Medical and sanitary report of the native army of Bengal for the year
Year: 1878
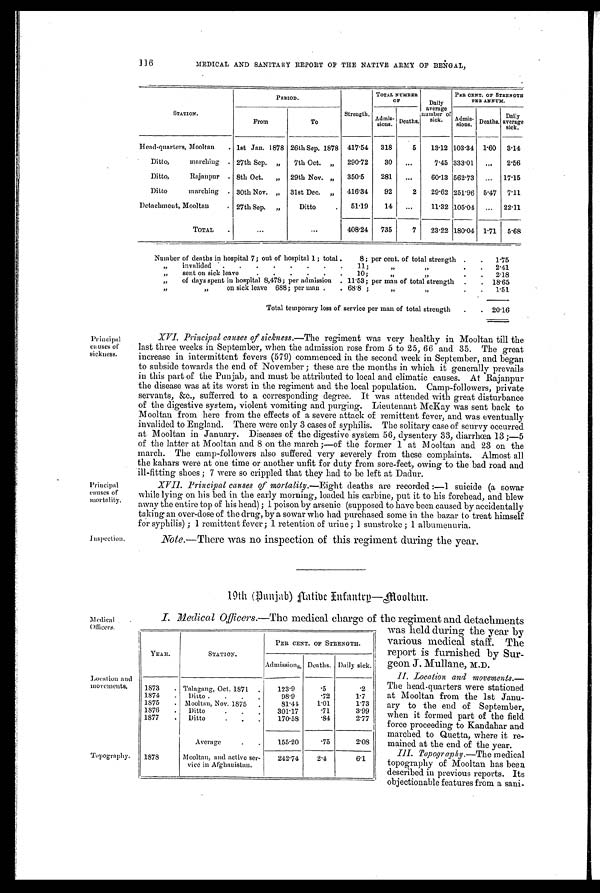
Principal
causes of
sickness.
Principal
causes of
mortality.
Inspection.
116 MEDICAL AND SANITARY REPORT OF THE NATIVE ARMY OF BENGAL,
STATION.
PERIOD.
Strength
TOTAL NUMBER
OF
Daily
average
number of
sick.
PER CENT. OF STRENGTH
PER ANNUM.
From
To
Admis- s i o n s . Deaths.
Admis- sions Deaths.
Daily
average sick.
Head-quarters, Mooltan . 1st Jan. 1878 26th Sep. 1878 417.54 318
5 13.12 103.34 1.60 3.14
Ditto,
marching . 27th Sep. „ 7th Oct. „ 290.72 30 ...
7.45 333.01
. . . 2.56
Ditto,
Rajanpur . 8th Oct. „ 29th Nov. „ 350.5
281 ...
60.13 562.73 ... 17.15
Ditto
marching . 30th Nov. „ 31st Dec. „ 416.34 92
2 29.62 251.96 5.47 7.11
Detachment, Mooltan
. 27th Sep.
„
Ditto
. 51.19
14 ...
11.32 105.04 ... 22.11
TOTAL .
...
. . .
408.24 735
7 23.22 180.04 1.71 5.68
Number of deaths in hospital 7; out of hospital 1; total .
8; per cent. of total strength . . 1.75
„ invalided .
. .
. . . . . 11;
„
„
. . 2.41
„
sent on sick leave
. . . . . . 10;
„ „
. . 2.18
„
of days spent in hospital 8,478; per admission . 11.53; per man of total strength . . 18.65
„
„
on sick leave 688; per man . . 68.8
„
„
. . 1.51
Total temporary loss of service per man of total strength . . 20.16
XVI. Principal causes of sickness.— The regiment was very healthy in Mooltan till the
last three weeks in September, when the admission rose from 5 to 25, 66 and 35. The great
increase in intermittent fevers (579) commenced in the second week in September, and began
to subside towards the end of November ; these are the months in which it generally prevails
in this part of the Punjab, and must be attributed to local and climatic causes. At Rajanpur
the disease was at its worst in the regiment and the local population. Camp-followers, private
servants, &c., sufferred to a corresponding degree. It was attended with great disturbance
of the digestive system, violent vomiting and purging. Lieutenant McKay was sent back to
Mooltan from here from the effects of a severe attack of remittent fever, and was eventually
invalided to England. There were only 3 cases of syphilis. The solitary case of scurvy occurred
at Mooltan in January. Diseases of the digestive system 56, dysentery 33, diarrhoea 13 ;—5
of the latter at Mooltan and 8 on the march ;—of the former 1 at M ooltan and 23 on the
march. The camp-followers also suffered very severely from these complaints. Almost all
the kahars were at one time or another unfit for duty from sore-feet, owing to the bad road and
ill-fitting shoes ; 7 were so crippled that they had to be left at Dadur.
XVII. Principal causes of mortality.—Eight deaths are recorded :—1 suicide (a sowar
while lying on his bed in the early morning, loaded his carbine, put it to his forehead, and blew
away the entire top of his head) ; 1 poison by arsenic (supposed to have been caused by accidentally
taking an over-dose of the drug, by a sowar who had purchased some in the bazar to treat himself
for syphilis) ; 1 remittent fever ; 1 retention of urine ; 1 sunstroke ; 1 albumenuria.
Note.—There was no inspection of this regiment during the year.
19th (Punjab) Native Infantry—Mooltan.
Medical
Officers.
Location and
movements.
Topography.
I. Medical Officers.—The medical charge of the regiment and detachments
was held during the year by
various medical staff. The
report is furnished by Sur
-geon J. Mullane, M.D.
II. Location and movements.
— T h e h e a d - q u a r t e r s w e r e s t a t i o n e d
at Mooltan from the 1st Janu
-ary to the end of September,
when it formed part of the field
force proceeding to Kandahar and
marched to Quetta, where it re
-mained at the end of the year.
III.Topography.—The medical
topography of Mooltan has been
described in previous reports. Its
objectionable features from a sani-
YEAR.
STATION.
PER CENT. OF STRENGTH.
Admissions. Deaths. Daily sick.
1873 . Talagang, Oct. 1871 .
123.9
. 5 .2
1874 . Ditto . . . .
98.9
. 7 2 1.7
1875 . Mooltan, Nov. 1875 .
81.44
1.01
1.73
1876 . Ditto.
. .
301.17
. 7 1 3.99
1877
. Ditto
. . .
170.53
. 8 4 2.77
Average
. .
155.20
. 7 5 2.08
1878
Mooltan, and active ser-
vice in Afghanistan.
242.74
2.4
6.1